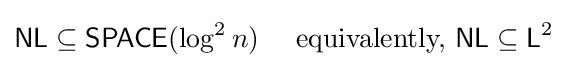
{\mathsf {NL\subseteq SPACE}}(\log ^{2}n)\ \ \ \ {\text{equivalently, }}{\mathsf {NL\subseteq L}}^{2}